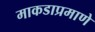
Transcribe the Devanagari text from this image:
माकडाप्रमाणे